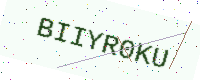
Text: BIIYR0KU